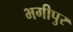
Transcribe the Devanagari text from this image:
भगीपुर